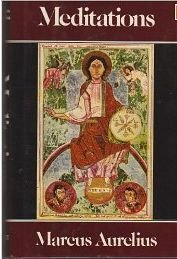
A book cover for Meditations; Marcus Aurelius; Literature & Fiction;